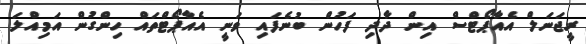
ރީޖަނަލް އެއާޕޯޓްސް އިން ދާދި ފަހުން ބުނެފައި ވަނީ އެއާޕޯޓްތައް ހިންގުން އަމިއްލަ